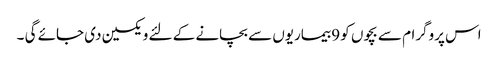
اس پروگرام سے بچوں کو 9 بیماریوں سے بچانے کے لئے ویکسین دی جائے گی ۔